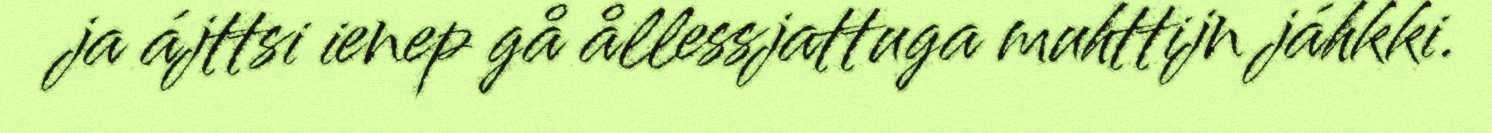
ja ájttsi ienep gå ållessjattuga muhttijn jáhkki.